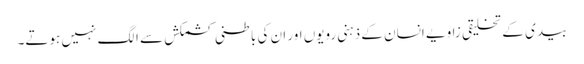
بیدی کے تخلیقی زاویے انسان کے ذہنی رویوں اور ان کی باطنی کشمکش سے الگ نہیں ہوتے۔